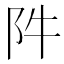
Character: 𨸡